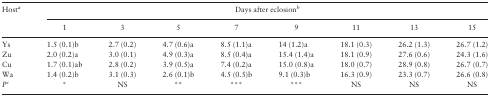
<table><thead><tr><td rowspan="2"><b>Host<i><sup>a</sup></i></b></td><td colspan="8"><b>Days after eclosion<i><sup>b</sup></i></b></td></tr><tr><td><b>1</b></td><td><b>3</b></td><td><b>5</b></td><td><b>7</b></td><td><b>9</b></td><td><b>11</b></td><td><b>13</b></td><td><b>15</b></td></tr></thead><tbody><tr><td>Ys</td><td>1.5 (0.1)b</td><td>2.7 (0.2)</td><td>4.7 (0.6)a</td><td>8.5 (1.1)a</td><td>14 (1.2)a</td><td>18.1 (0.3)</td><td>26.2 (1.3)</td><td>26.7 (1.2)</td></tr><tr><td>Zu</td><td>2.0 (0.2)a</td><td>3.0 (0.1)</td><td>4.9 (0.3)a</td><td>8.5 (0.4)a</td><td>15.4 (1.4)a</td><td>18.1 (0.9)</td><td>27.6 (0.6)</td><td>24.3 (1.6)</td></tr><tr><td>Cu</td><td>1.7 (0.1)ab</td><td>2.8 (0.2)</td><td>3.9 (0.5)a</td><td>7.4 (0.2)a</td><td>15.0 (0.8)a</td><td>18.0 (0.7)</td><td>28.9 (0.8)</td><td>26.7 (0.7)</td></tr><tr><td>Wa</td><td>1.4 (0.2)b</td><td>3.1 (0.3)</td><td>2.6 (0.1)b</td><td>4.5 (0.5)b</td><td>9.1 (0.3)b</td><td>16.3 (0.9)</td><td>23.3 (0.7)</td><td>26.6 (0.8)</td></tr><tr><td><i>P</i><i><sup>c</sup></i></td><td>*</td><td>NS</td><td>**</td><td>***</td><td>***</td><td>NS</td><td>NS</td><td>NS</td></tr></tbody></table>